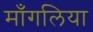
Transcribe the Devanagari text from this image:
माँगलिया